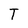
Character: T